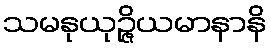
သမနုယုဉ္ဇိယမာနာနိ